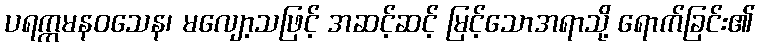
ပရက္ကမနဝသေန၊ မလျော့သဖြင့် အဆင့်ဆင့် မြင့်သောအရာသို့ ရောက်ခြင်း၏